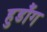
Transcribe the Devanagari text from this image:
हुडौंग